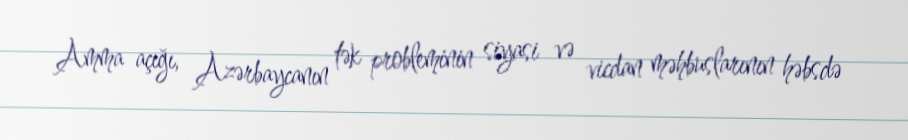
Amma açığı, Azərbaycanın tək probleminin siyasi və vicdan məhbuslarının həbsdə